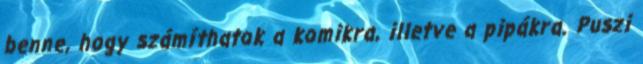
benne, hogy számíthatok a komikra, illetve a pipákra. Puszi